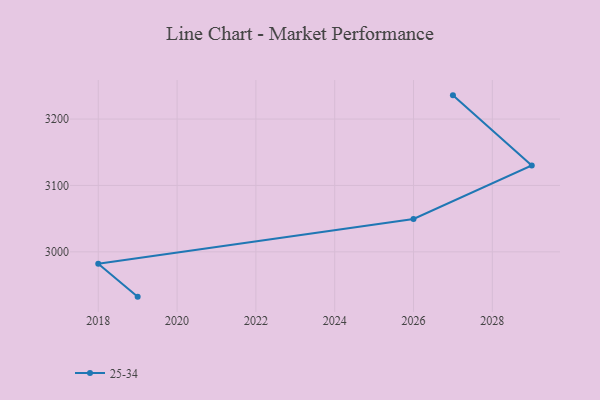
{"axis": {"x": "Year", "y": "Budget (USD K)"}, "legend": ["25-34"], "data": [{"x": "2027", "y": 3235.7, "type": "25-34"}, {"x": "2029", "y": 3130.1, "type": "25-34"}, {"x": "2026", "y": 3049.6, "type": "25-34"}, {"x": "2018", "y": 2982.1, "type": "25-34"}, {"x": "2019", "y": 2932.5, "type": "25-34"}]}